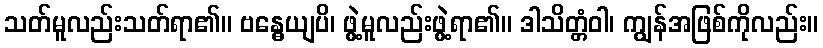
သတ်မူလည်းသတ်ရာ၏။ ဗန္ဓေယျပိ၊ ဖွဲ့မူလည်းဖွဲ့ရာ၏။ ဒါသိတ္တံဝါ၊ ကျွန်အဖြစ်ကိုလည်း။